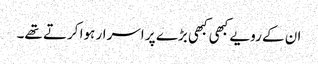
ان کے رویے کبھی کبھی بڑے پر اسرار ہوا کرتے تھے۔